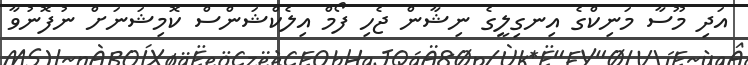
އަދި މޫސާ މަނިކްގެ އިނގިލީގެ ނިޝާން ޖެހި ފޯމް އިލެކްޝަންސް ކޮމިޝަނަށް ނުފޮނުވާ